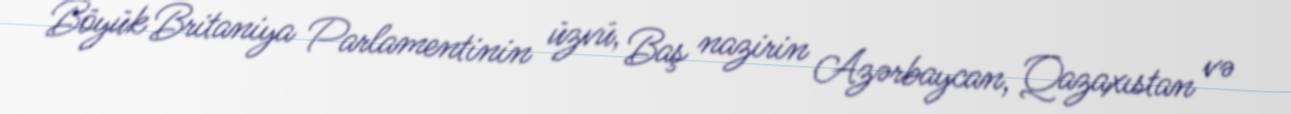
Böyük Britaniya Parlamentinin üzvü, Baş nazirin Azərbaycan, Qazaxıstan və